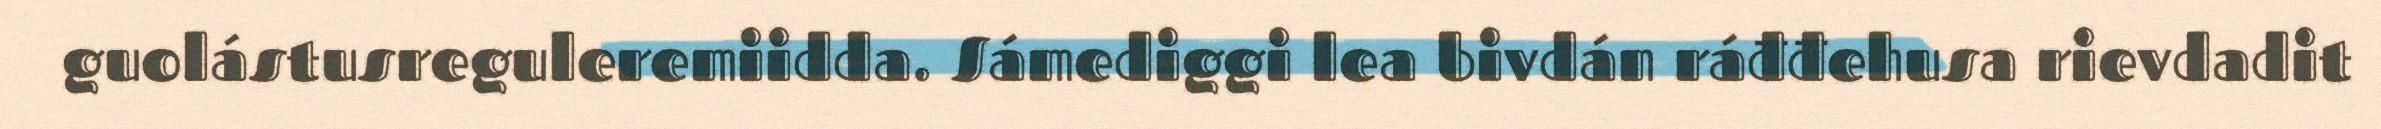
guolástusreguleremiidda. Sámediggi lea bivdán ráđđehusa rievdadit